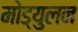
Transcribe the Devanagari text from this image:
मोड्युलन